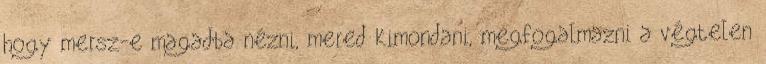
hogy mersz-e magadba nézni, mered kimondani, megfogalmazni a végtelen